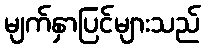
မျက်နှာပြင်များသည်